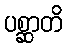
ပစ္ဆာတိ